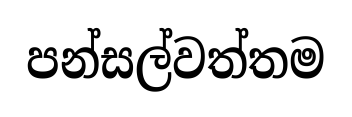
පන්සල්වත්තම